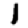
Digit: 1